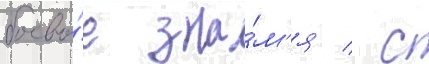
боево́е зна́м'я / с